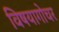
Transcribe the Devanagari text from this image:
विषयागोचर